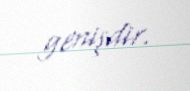
genişdir.